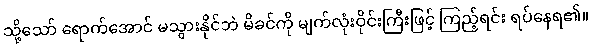
သို့သော် ရောက်အောင် မသွားနိုင်ဘဲ မိခင်ကို မျက်လုံးဝိုင်းကြီးဖြင့် ကြည့်ရင်း ရပ်နေရ၏။